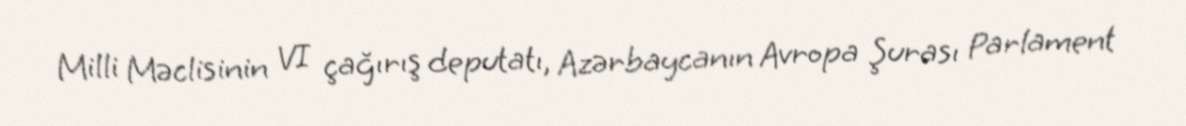
Milli Məclisinin VI çağırış deputatı, Azərbaycanın Avropa Şurası Parlament